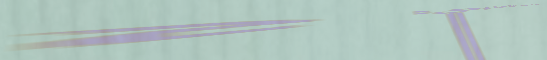
صالون الحلاقة التقليدي: ح